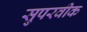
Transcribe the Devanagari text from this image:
सुपरवीक